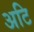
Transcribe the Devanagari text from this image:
अटि